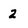
Character: 2